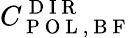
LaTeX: C_{\mathrm{~P~O~L~,~B~F~}}^{\mathrm{~D~I~R~}}